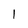
Character: 1